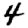
Digit: 4